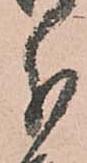
分